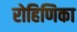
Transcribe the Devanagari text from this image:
रोहिणिका